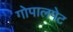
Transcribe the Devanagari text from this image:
गोपालपेट